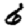
Digit: 6